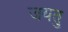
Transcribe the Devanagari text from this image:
जयतु